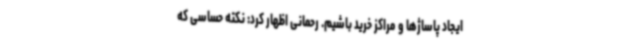
ایجاد پاساژها و مراکز خرید باشیم. رحمانی اظهار کرد: نکته حساسی که